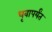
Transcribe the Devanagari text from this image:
धृवापर्यंत